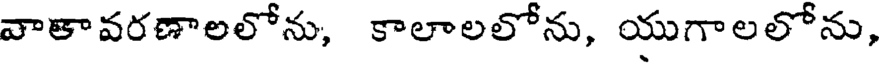
వాతావరణాలలోను, కాలాలలోను, యుగాలలోను,